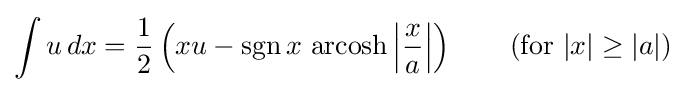
\int u\,dx={\frac {1}{2}}\left(xu-\operatorname {sgn} x\,\operatorname {arcosh} \left|{\frac {x}{a}}\right|\right)\qquad {\mbox{(for }}|x|\geq |a|{\mbox{)}}